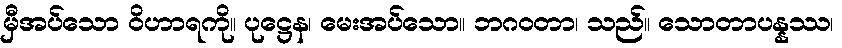
မှီအပ်သော ဝိဟာရကို။ ပုဋ္ဌေန၊ မေးအပ်သော။ ဘဂဝတာ၊ သည်။ သောတာပန္နဿ၊